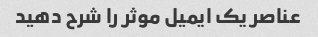
عناصر یک ایمیل موثر را شرح دهید